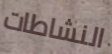
النشاطات